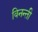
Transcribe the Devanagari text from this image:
विनन्ती